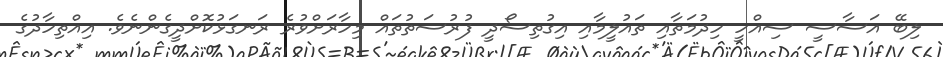
ލިބޭ އަސާސީ ސިއްހީ ހިދުމަތާއި ތައުލީމާއި އިގުތިސޯދީ ފުރުސަތުތައް މިހާރަށްވުރެ ރަނގަޅުކޮށްދީގެންނެވެ. އިއްތިހާދުގެ